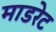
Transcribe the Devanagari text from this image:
माडरेट